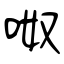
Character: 呶